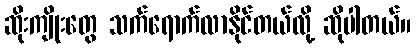
ဆိုးကျိုးတွေ သက်ရောက်လာနိုင်တယ်လို့ ဆိုပါတယ်။